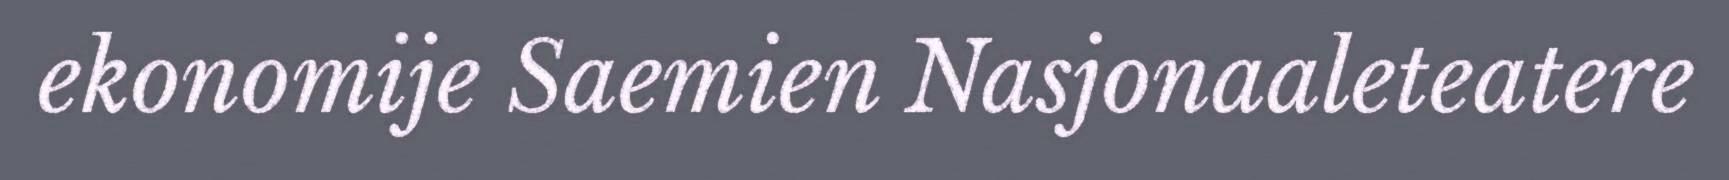
ekonomije Saemien Nasjonaaleteatere